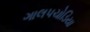
ગાલપચોડિયા